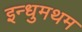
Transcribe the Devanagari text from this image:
इन्धुमथम